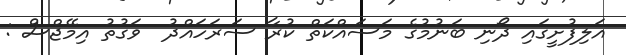
އަލިފުށީގައި ދޯނި ބަނުމުގެ މަސައްކަތް ކުރާ ސަރަހައްދު  ވަގުތު އިމޭޖްސް :